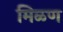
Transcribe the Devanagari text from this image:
मिळण